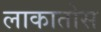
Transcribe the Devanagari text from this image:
लाकातोस